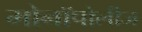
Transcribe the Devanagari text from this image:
मोनॉपोलीज